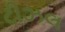
ટીઝલ